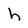
Character: h